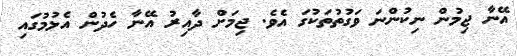
އޭނާ ޖިމުން ނިކުންނަ ވަގުތުތަކުގަ އެވެ. ޖިމަށް ދާއިރު އޭނާ ހެދުން އެޅުމުގައި